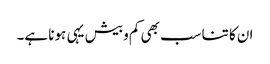
ان کا تناسب بھی کم و بیش یہی ہونا ہے۔